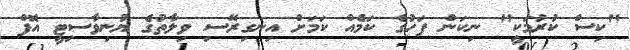
"ކިސް ކުރުމަކީ" ނިކަން ފަހުގެ ކަމެއް ކަމަށް އިނގިރޭސި ވިލާތުގެ ޔުނިވާސިޓީ އޮފް